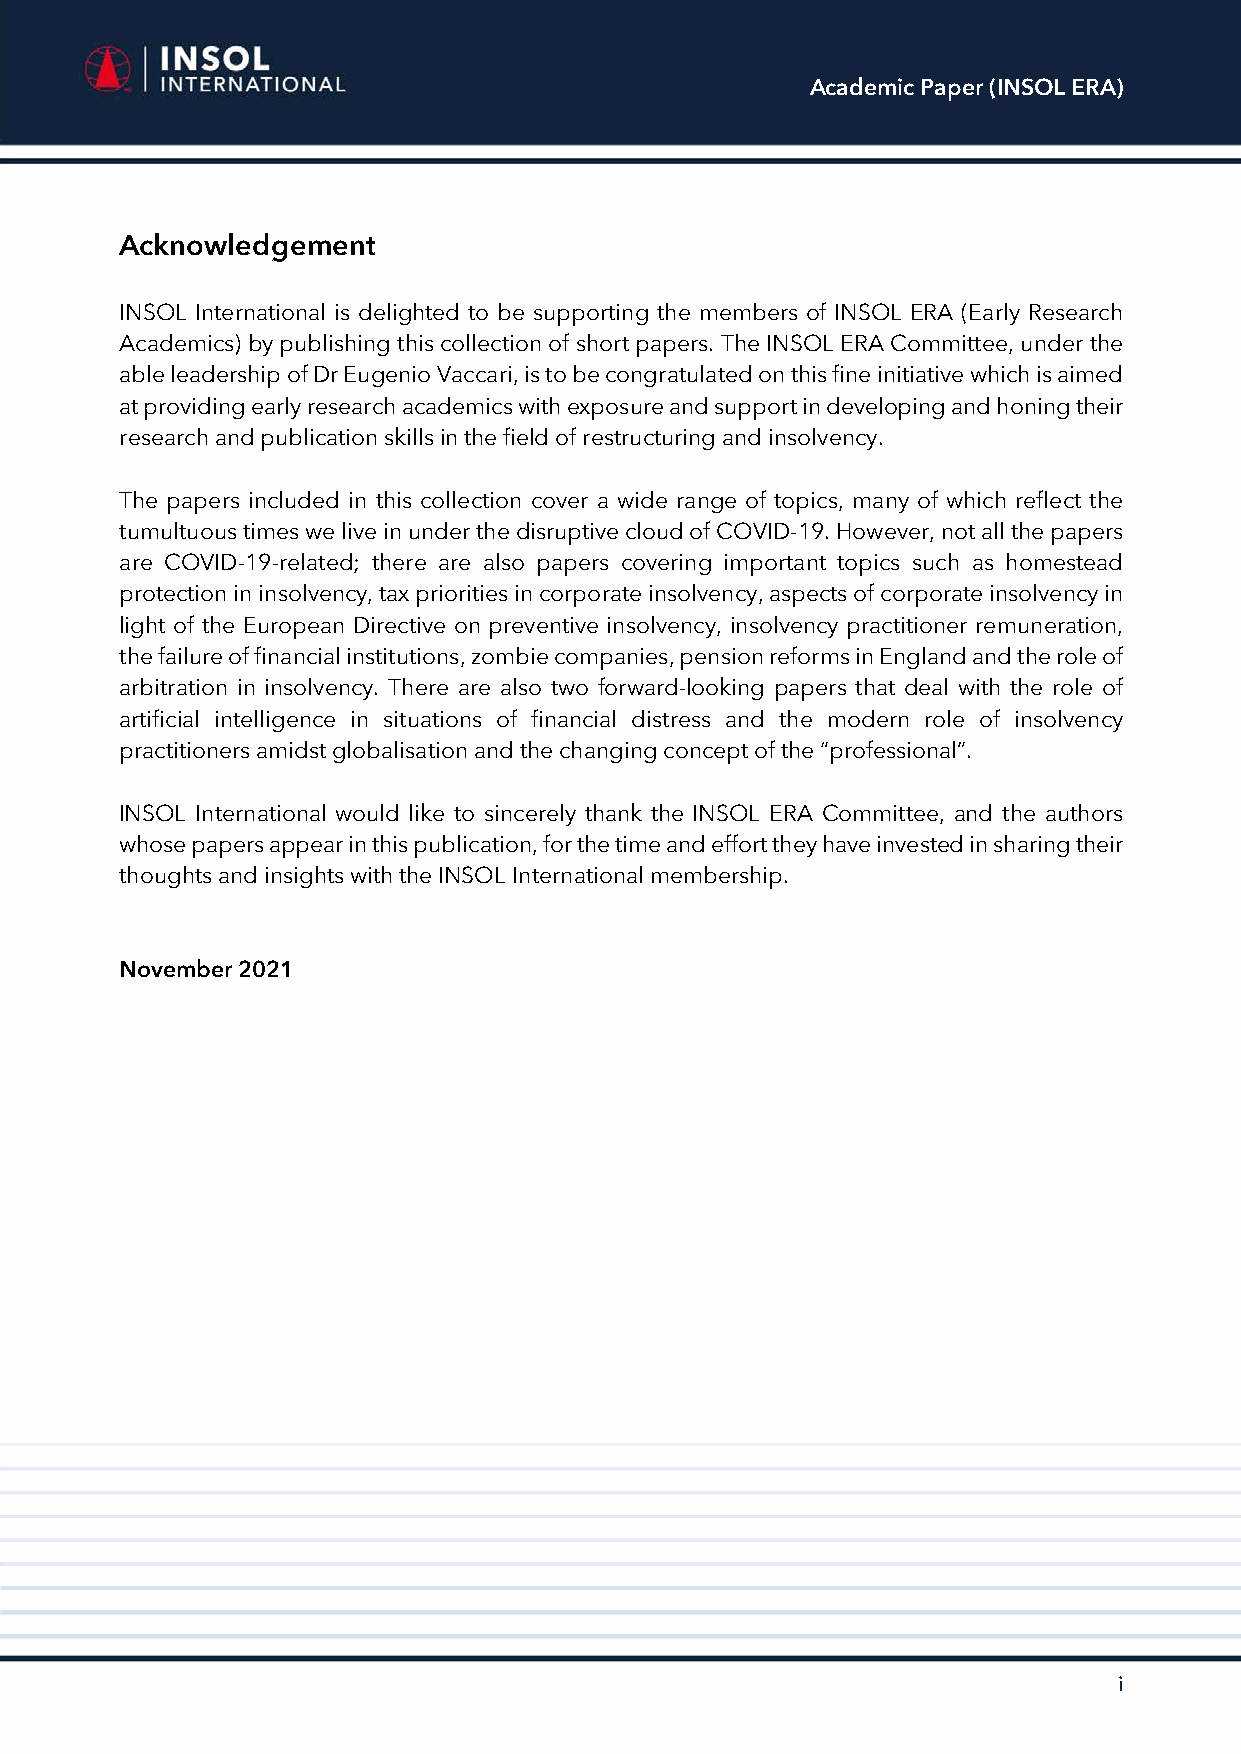
Academic Paper (INSOL ERA)
 Acknowledgement
 INSOL International is delighted to be supporting the members of INSOL ERA (Early Research
 Academics) by publishing this collection of short papers. The INSOL ERA Committee, under the
 able leadership of Dr Eugenio Vaccari, is to be congratulated on this fine initiative which is aimed
 at providing early research academics with exposure and support in developing and honing their
 research and publication skills in the field of restructuring and insolvency.
 The papers included in this collection cover a wide range of topics, many of which reflect the
 tumultuous times we live in under the disruptive cloud of COVID-19. However, not all the papers
 are COVID-19-related; there are also papers covering important topics such as homestead
 protection in insolvency, tax priorities in corporate insolvency, aspects of corporate insolvency in
 light of the European Directive on preventive insolvency, insolvency practitioner remuneration,
 the failure of financial institutions, zombie companies, pension reforms in England and the role of
 arbitration in insolvency. There are also two forward-looking papers that deal with the role of
 artificial intelligence in situations of financial distress and the modern role of insolvency
 practitioners amidst globalisation and the changing concept of the “professional”.
 INSOL International would like to sincerely thank the INSOL ERA Committee, and the authors
 whose papers appear in this publication, for the time and effort they have invested in sharing their
 thoughts and insights with the INSOL International membership.
 November 2021
 i